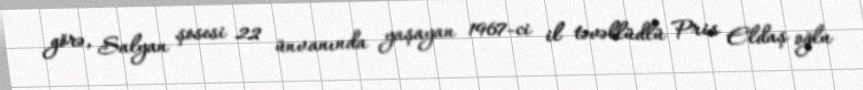
görə, Salyan şosesi 22 ünvanında yaşayan 1967-ci il təvəllüdlü Pris Eldaş oğlu